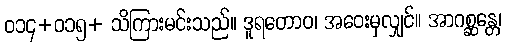
ဝ၁၄+ဝ၁၅+ သိကြားမင်းသည်။ ဒူရတောဝ၊ အဝေးမှလျှင်။ အာဂစ္ဆန္တေ၊